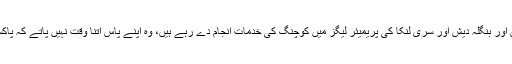
اب جبکہ وہ ساؤتھ آسٹریلیا کے بیٹنگ کوچ ہیں اور بنگلہ دیش اور سری لنکا کی پریمیئر لیگز میں کوچنگ کی خدمات انجام دے رہے ہیں، وہ اپنے پاس اتنا وقت نہیں پاتے کہ پاکستان کے لیے کل وقتی خدمات انجام دے پائیں۔